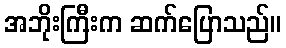
အဘိုးကြီးက ဆက်ပြောသည်။